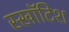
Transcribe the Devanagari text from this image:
स्खॉटिश